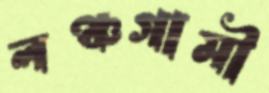
লঞ্চগামী